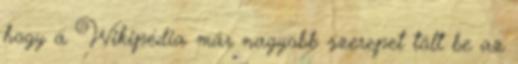
hogy a Wikipédia már nagyobb szerepet tölt be az